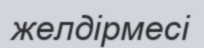
желдірмесі